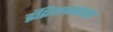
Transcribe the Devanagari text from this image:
इंद्रियग्राह्मता